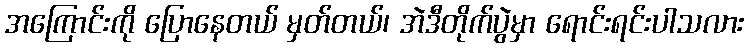
အကြောင်းကို ပြောနေတယ် မှတ်တယ်၊ အဲဒီတိုက်ပွဲမှာ ရောင်းရင်းပါသလား